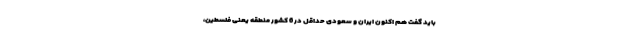
باید گفت هم اکنون ایران و سعودی حداقل در 6 کشور منطقه یعنی فلسطین،